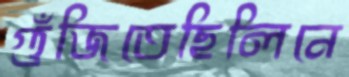
গুঁজিতেছিলিনে